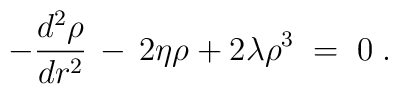
-\frac{d^2 \rho}{d r^2}\,-\, 2 \eta  \rho + 2 \lambda \rho^3\;=\;0\;.